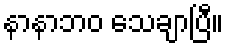
နာနာဘဝ သေချာပြီ။